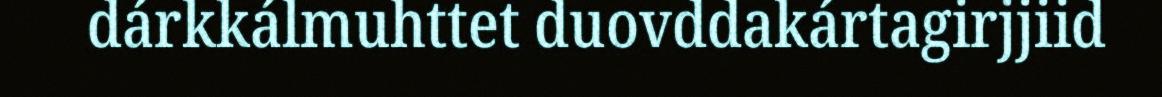
dárkkálmuhttet duovddakártagirjjiid